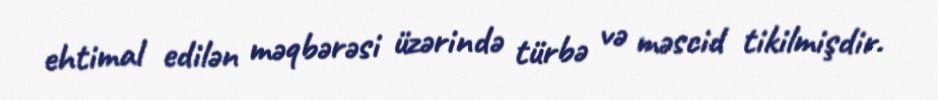
ehtimal edilən məqbərəsi üzərində türbə və məscid tikilmişdir.